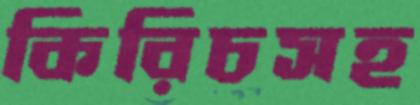
কিরিচসহ